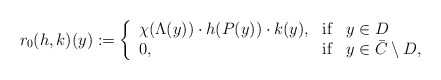
\begin{align*}r_0(h,k)(y):=\left\{ \begin{array}{lcl}\chi(\Lambda(y)) \cdot h(P(y)) \cdot k(y), & \mbox{if} & y \in D \\0, & \mbox{if} & y \in \bar{C} \setminus D, \end{array} \right.\end{align*}